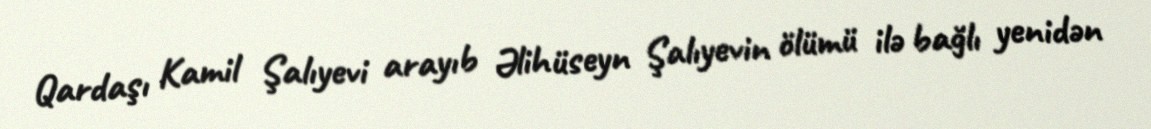
Qardaşı Kamil Şalıyevi arayıb Əlihüseyn Şalıyevin ölümü ilə bağlı yenidən